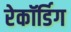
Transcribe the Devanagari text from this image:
रेकॉर्डिग